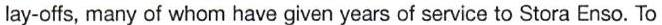
lay-offs, many of whom have given years of service to Stora Enso. To